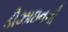
ડીઝાઇનની